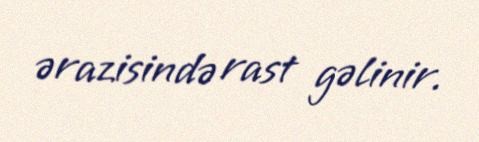
ərazisində rast gəlinir.